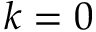
k = 0